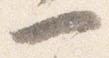
一